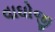
વાઘોજી